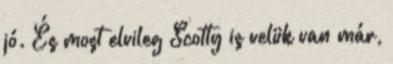
jó. És most elvileg Scotty is velük van már,